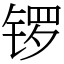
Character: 锣